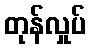
တုန်လှုပ်